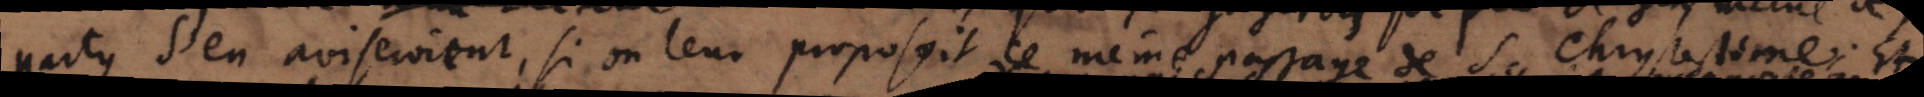
party s’en aviseroient, si on leur proposoit ce même passage de S. Chrysostome : et